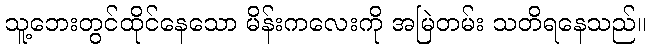
သူ့ဘေးတွင်ထိုင်နေသော မိန်းကလေးကို အမြဲတမ်း သတိရနေသည်။